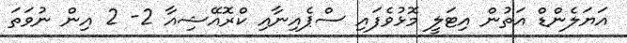
އަޔަލެންޑް އަތުން އިޓަލީ މޮޅުވެފައި ސްޕެއިނާއި ކްރޮއޭޝިއާ 2- 2 އިން ނުވަތަ